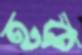
হক